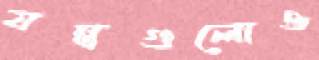
যন্ত্রগুলোও